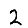
Digit: 2